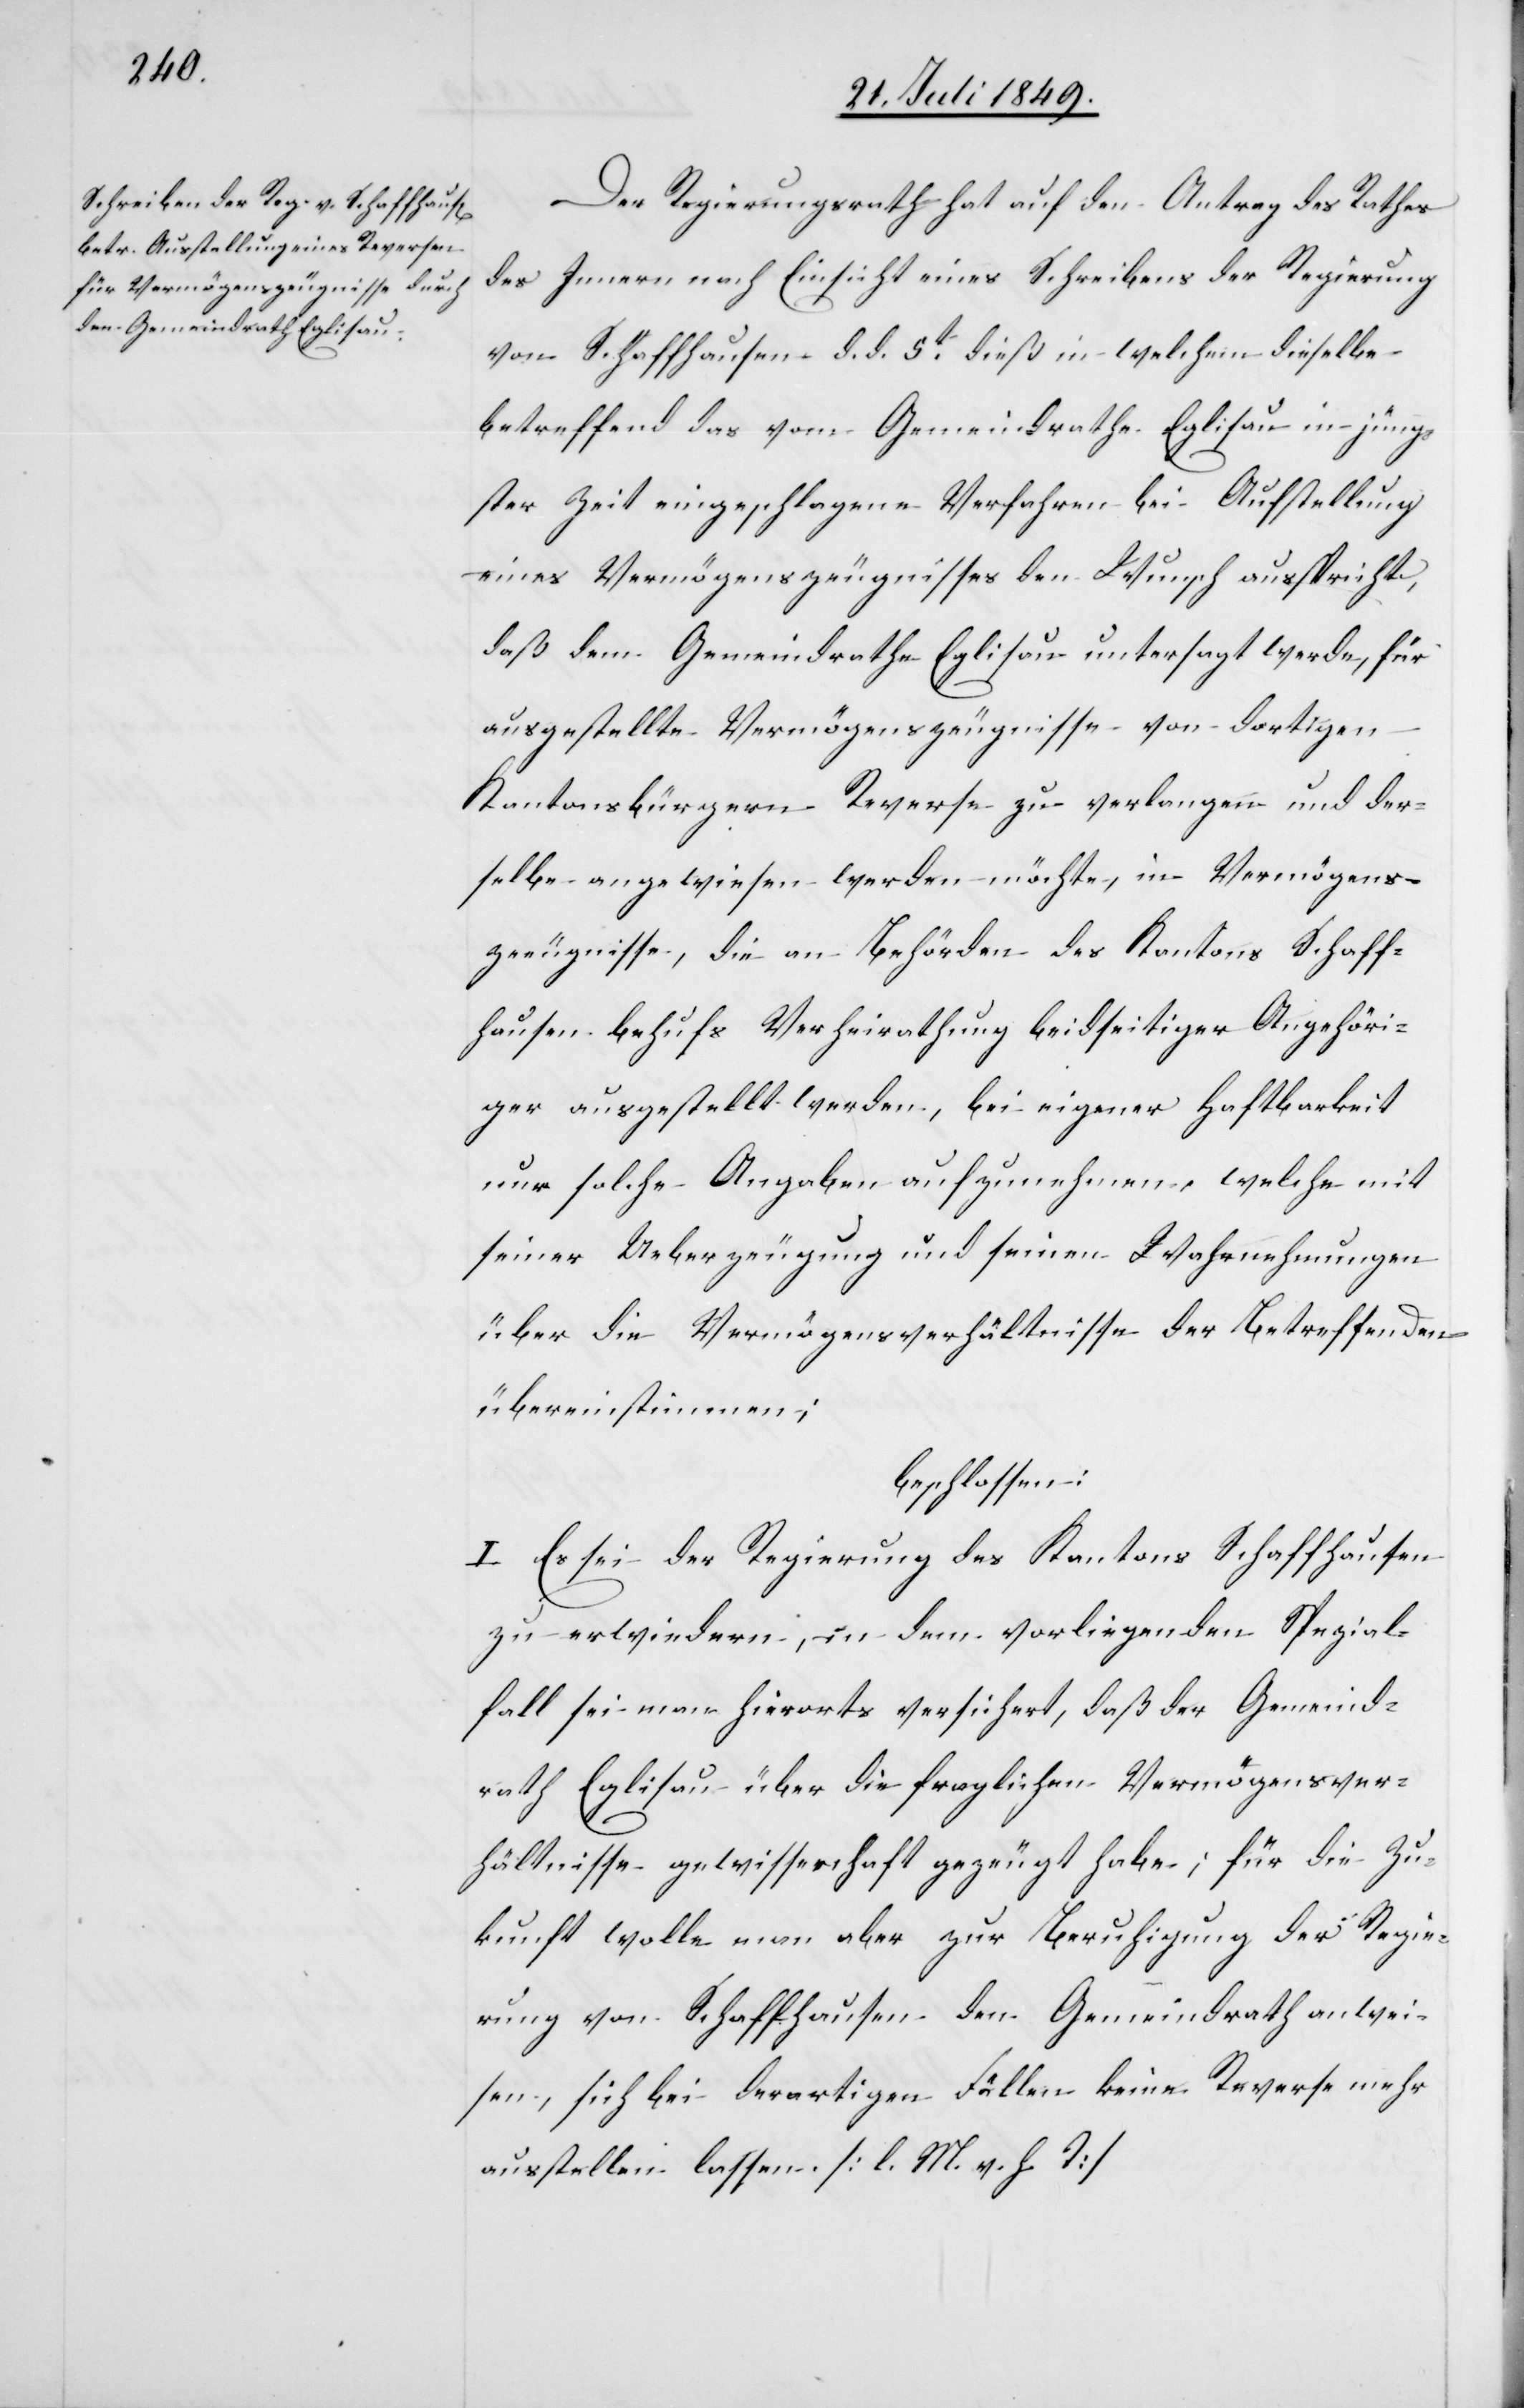
Der Regierungsrath hat auf den Antrag des Rathes
des Innern nach Einsicht eines Schreibens der Regierung
von Schaffhausen d. d. 5t dieß in welchem dieselbe
betreffend das vom Gemeindrathe Eglisau in jüng¬
ster Zeit eingeschlagene Verfahren bei Aufstellung
eines Vermögenszeugnisses den Wunsch ausspricht,
daß dem Gemeindrathe Eglisau untersagt werde, für
ausgestellte Vermögenszeugnisse von dortigen
Kantonsbürgern Reverse zu verlangen und der¬
selbe angewiesen werden möchte, in Vermögens¬
zeugnisse, die an Behörden des Kantons Schaff¬
hausen behufs Verheirathung beidseitiger Angehöri¬
ger ausgestellt werden, bei eigener Haftbarkeit
nur solche Angaben aufzunehmen, welche mit
seiner Ueberzeugung und seinen Wahrnehmungen
über die Vermögensverhältnisse der Betreffenden
übereinstimmen;
beschlossen:
I. Es sei der Regierung des Kantons Schaffhausen
zu erwiedern, in dem vorliegenden Spezial¬
fall sei man hierorts versichert, daß der Gemeind¬
rath Eglisau über die fraglichen Vermögensver¬
hältnisse gewissenhaft gezeugt habe; für die Zu¬
kunft wolle man aber zur Beruhigung der Regie¬
rung von Schaffhausen den Gemeindrath anwei¬
sen, sich bei derartigen Fällen keine Reverse mehr
ausstellen lassen. [l. M. h. T]